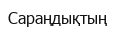
Сараңдықтың